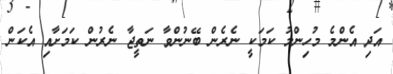
އަދި އެންމެ މުހިންމު ކަމަކީ ނެރެން ބޭނުންވާ ނަތީޖާ ނެރުން ކަމަށާއި އެކަން